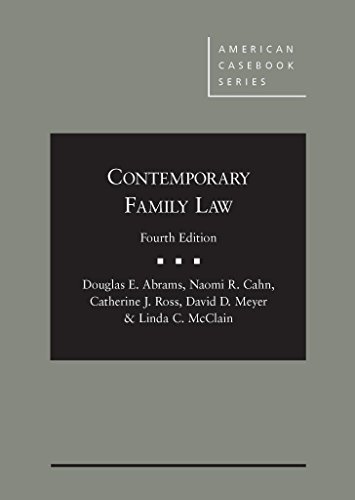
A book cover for Contemporary Family Law (American Casebook Series); Douglas Abrams; Law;